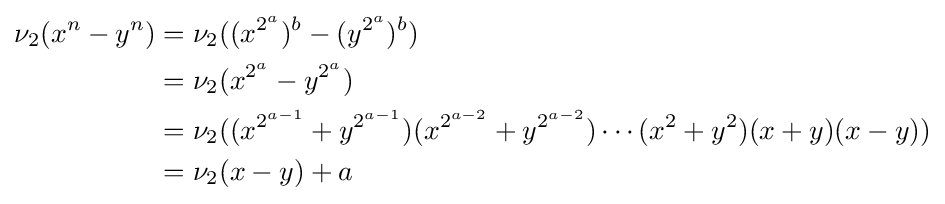
{\begin{aligned}\nu _{2}(x^{n}-y^{n})&=\nu _{2}((x^{2^{a}})^{b}-(y^{2^{a}})^{b})\\&=\nu _{2}(x^{2^{a}}-y^{2^{a}})\\&=\nu _{2}((x^{2^{a-1}}+y^{2^{a-1}})(x^{2^{a-2}}+y^{2^{a-2}})\cdots (x^{2}+y^{2})(x+y)(x-y))\\&=\nu _{2}(x-y)+a\end{aligned}}